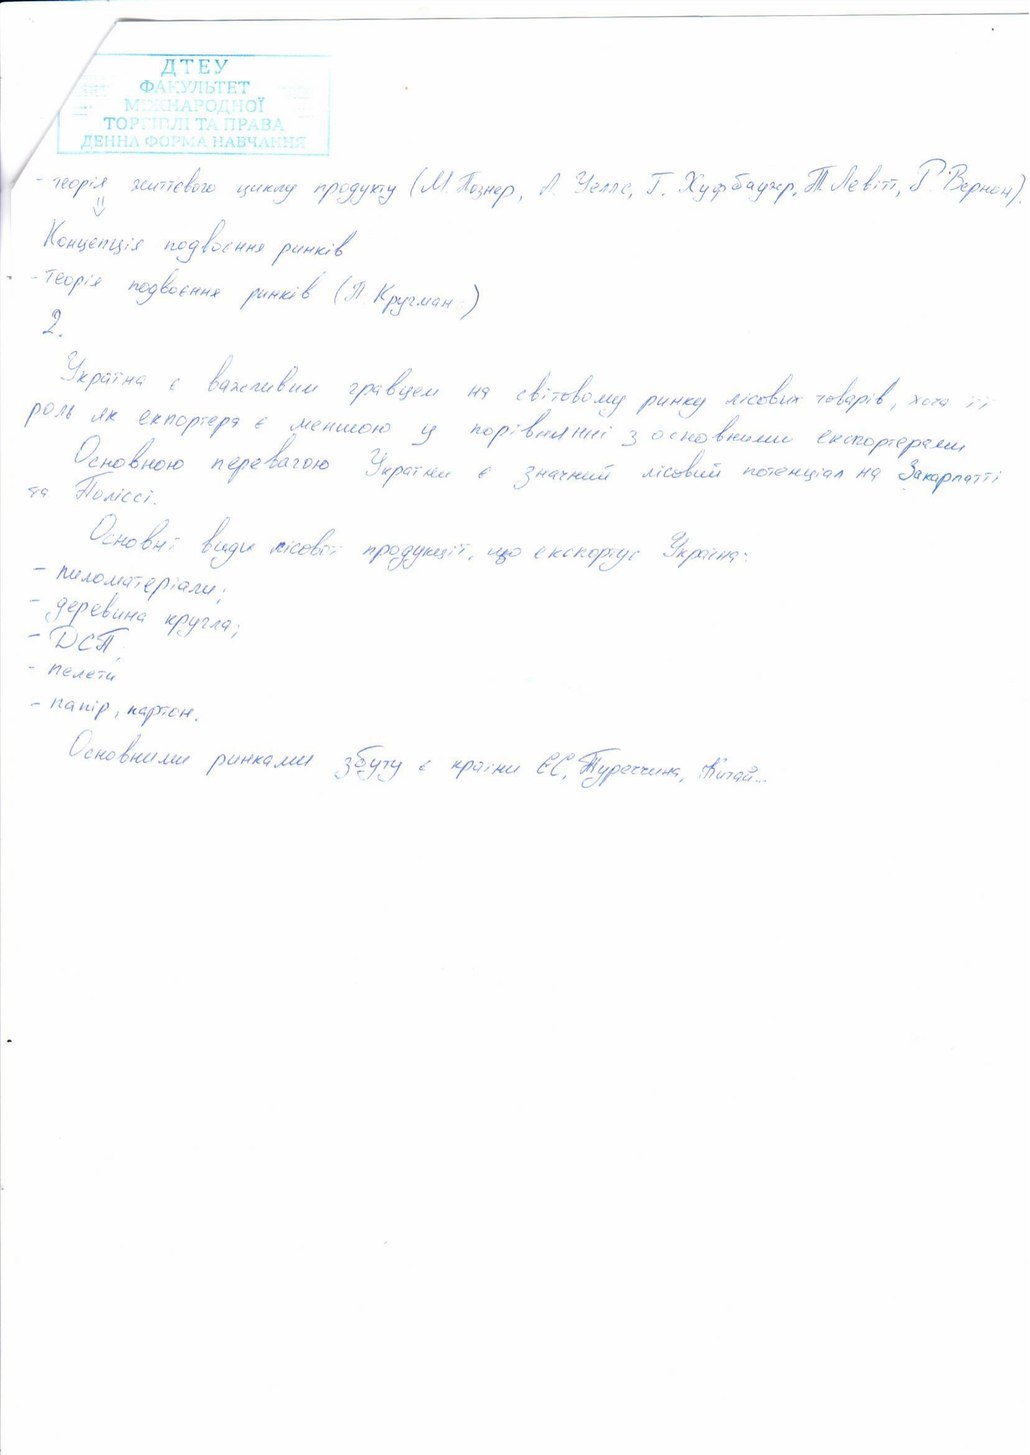
- теорія життєвого циклу продукту (М. Познер, Л. Уеллс, Г. Хуфбауер, Т. Левітт, Р. Вернон).
Концепція подвоєння ринків
- Теорія подвоєння ринків (П. Кругман)
2.
Україна є важливим гравцем на світовому ринку лісових товарів, хоча її
роль як експортера є меншою у порівнянні з основними експортерами
Основною перевагою України є значний лісовий потенціал на Закарпатті
та Поліссі.
Основні види лісової продукції, що експортує Україна:
- пиломатеріали;
- деревина кругла;
- ДСП
- пелети
- папір, картон.
Основними ринками збуту є країни ЄС, Туреччина, Китай...